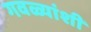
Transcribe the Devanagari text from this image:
गवळ्यांशी